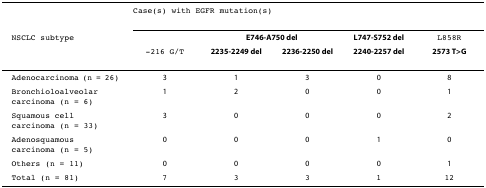
<table><thead><tr><td></td><td colspan="5"><b>Case(s) with <i>EGFR </i>mutation(s)</b></td></tr><tr><td><b>NSCLC subtype</b></td><td></td><td colspan="2"><b>E746-A750 del</b></td><td><b>L747-S752 del</b></td><td><b>L858R</b></td></tr><tr><td></td><td><b>-216 G/T</b></td><td><b>2235-2249 del</b></td><td><b>2236-2250 del</b></td><td><b>2240-2257 del</b></td><td><b>2573 T&gt;G</b></td></tr></thead><tbody><tr><td>Adenocarcinoma (n = 26)</td><td>3</td><td>1</td><td>3</td><td>0</td><td>8</td></tr><tr><td>Bronchioloalveolar carcinoma (n = 6)</td><td>1</td><td>2</td><td>0</td><td>0</td><td>1</td></tr><tr><td>Squamous cell carcinoma (n = 33)</td><td>3</td><td>0</td><td>0</td><td>0</td><td>2</td></tr><tr><td>Adenosquamous carcinoma (n = 5)</td><td>0</td><td>0</td><td>0</td><td>1</td><td>0</td></tr><tr><td>Others (n = 11)</td><td>0</td><td>0</td><td>0</td><td>0</td><td>1</td></tr><tr><td><b>Total (n = 81)</b></td><td><b>7</b></td><td><b>3</b></td><td><b>3</b></td><td><b>1</b></td><td><b>12</b></td></tr></tbody></table>